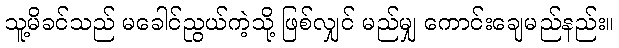
သူ့မိခင်သည် မခေါင်ညွယ်ကဲ့သို့ ဖြစ်လျှင် မည်မျှ ကောင်းချေမည်နည်း။